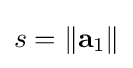
s=\left\|\mathbf {a} _{1}\right\|